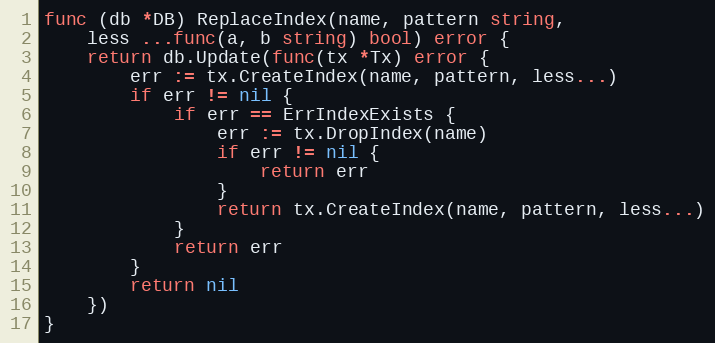
Language: Go
func (db *DB) ReplaceIndex(name, pattern string,
	less ...func(a, b string) bool) error {
	return db.Update(func(tx *Tx) error {
		err := tx.CreateIndex(name, pattern, less...)
		if err != nil {
			if err == ErrIndexExists {
				err := tx.DropIndex(name)
				if err != nil {
					return err
				}
				return tx.CreateIndex(name, pattern, less...)
			}
			return err
		}
		return nil
	})
}